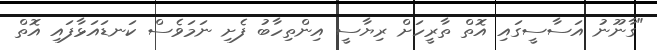
"ގާނޫނު އަސާސީގައި އޮތް ތާރީހަށް ރިޔާސީ އިންތިހާބު ފެށި ނަމަވެސް ކަނޑައަޅާފައި އޮތް